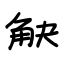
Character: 觖